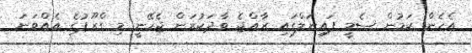
އެހެން ކަމުން ސެމީ ފައިނަލްގައި ރާއްޖެ ވާދަކުރަން ޖެހޭނީ މި ގްރޫޕުގެ އެއްވަނަ